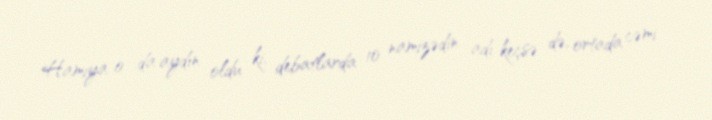
Hamıya o da aydın oldu ki, debatlarda 10 namizədin adı keçsə də, ortada cəmi